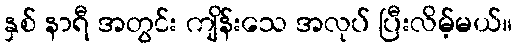
နှစ် နာရီ အတွင်း ကျိန်းသေ အလုပ် ပြီးလိမ့်မယ်။